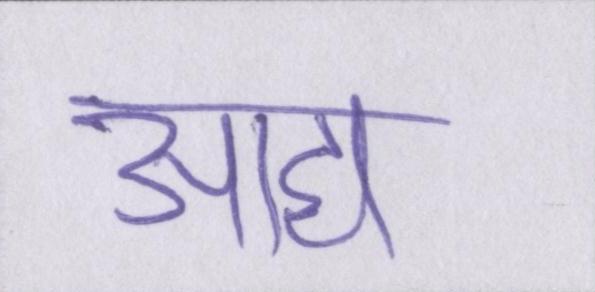
आद्य